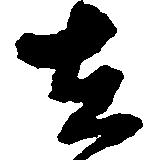
在